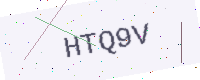
Text: HTQ9V